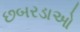
છબરડાઓ